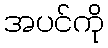
အပင်ကို